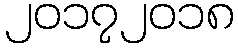
၂၀၁၇၂၀၁၈